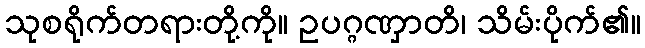
သုစရိုက်တရားတို့ကို။ ဥပဂ္ဂဏှာတိ၊ သိမ်းပိုက်၏။